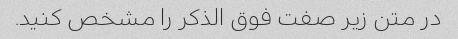
در متن زیر صفت فوق الذکر را مشخص کنید.